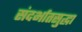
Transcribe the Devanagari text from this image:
संदर्भातसुद्धा